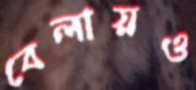
বেলায়ও